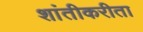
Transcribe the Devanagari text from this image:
शांतीकरीता